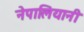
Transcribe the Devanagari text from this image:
नेपालियानी